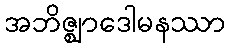
အဘိဇ္ဈာဒေါမနဿာ